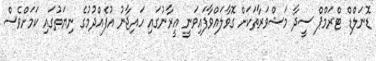
ޑޮނަލްޑް ޓްރަމްޕް ސީދާ މަޝްވަރާތަކަށް ގޮވާލައްވާފައިވަނީ އީރާނުގައި ހައިޖާނު އުފެއްދުމުގެ ނިޔަތުގައި ކަމަށްވެސް